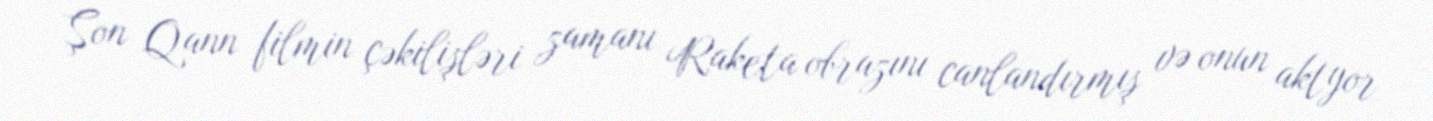
Şon Qann filmin çəkilişləri zamanı Raketa obrazını canlandırmış və onun aktyor